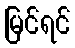
မြင်ရင်